Vital statistics of India. Vol. IV, Annual returns from 1871 to 1876. British Army of India, Native Army and jails of Bengal
Year: 1871
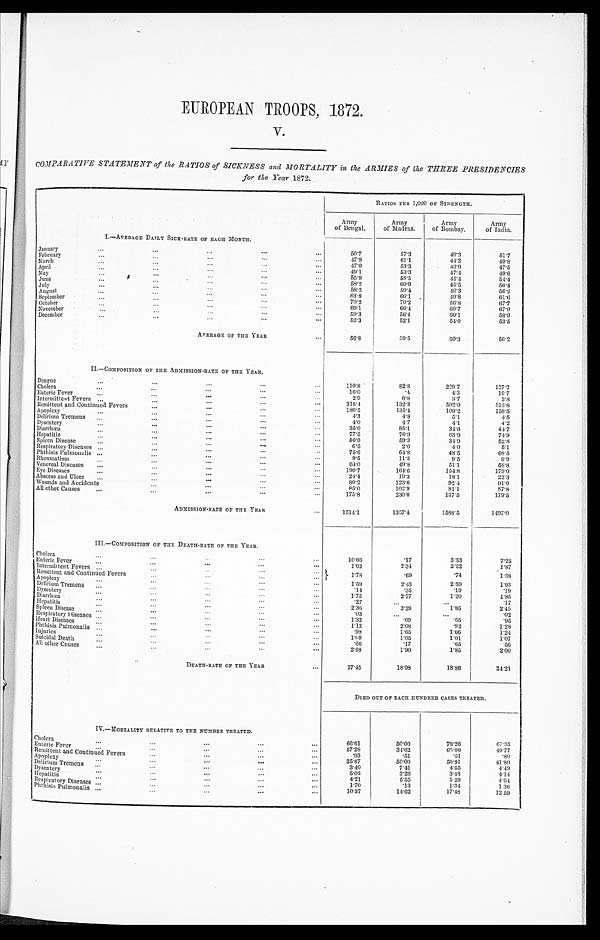
EUROPEAN TROOPS, 1872.
V.
COMPARATIVE STATEMENT of the RATIOS of SICKNESS and MORTALITY in the ARMIES of the THREE PRESIDENCIES
for the Year 1872.
I.—AVERAGE DAILY SICK-RATE OF EACH MONTH.
RATIOS PER 1,000 OF STRENGTH.
Army
of Bengal.
Army
of Madras.
Army
of Bombay.
Army
of India.
January
... ... ... ...
...
50.7
57.3
49.3
51.7
February
...
. . . . . . . . . . . .
47.9
61.1
44.2
49.8
March
...
...
. . . . . . . . .
47.0
53.3
43.0
47.5
April
...
...
. . . . . . . . .
49.1
53.3
47.4
49.6
May
...
...
...
...
...
55.9
58.5
45.4
54.4
June
...
... ... ... ...
58.2
60.9
45.5
56.4
July
... ... ... ...
...
58.2
59.4
46.3
56.2
August
...
. . . . . . . . . . . .
63.8
66.1
49.8
61.6
September ...
...
. . . . . . . . .
70.2
70.2
56.8
67.7
October
...
...
...
. . . . . .
69.1
66.4
60.7
67.0
November
...
...
. . . . . . . . .
59.3
56.4
60.1
58.9
December
...
...
...
...
...
52.3
52.1
54.0
53.5
AVERAGE OF THE YEAR
...
56.8
59.5
50.3
56.2
II.—COMPOSITION OF THE ADMISSION-RATE OF THE YEAR.
Dengue
...
...
...
. . . . . .
110.8
82.8
229.7
127.2
Cholera
...
...
. . . . . . . . .
16.0
.4
4.3
10.7
Enteric Fever
...
... ...
... ...
2.9
6.8
3.7
3.8
Intermittent Fevers ...
...
. . . . . . . . .
315.4
132.3
502.0
313.8
Remittent and Continued Fevers
...
...
. . . . . .
180.5
135.4
109.2
158.5
Apoplexy
...
...
. . . . . . . . .
4.3
4.8
5.1
4.5
Delirium Tremens ...
... ... ...
...
4.0
4.7
4.1
4.2
Dysentery
...
...
...
. . . . . .
35.0
85.1
34.6
44.7
Diarrhœa
...
...
. . . . . . . . .
77.5
76.9
63.9
74.9
Hepatitis
...
...
. . . . . . . . .
56.0
59.3
34.9
52.8
Spleen Disease
...
...
... ...
...
6.5
2.0
4.0
5.1
Respiratory Diseases ...
... ...
... ...
75.6
64.8
48.5
68.5
Phthisis Pulmonalis ...
...
. . . . . . . . .
9.5
11.3
9.5
9.9
Rheumatism
...
. . . . . . . . . . . .
64.0
49.8
51.1
58.8
Venereal Diseases ... ... ... ...
...
190.7
164.6
154.8
179.0
Eye Diseases
...
...
. . . . . . . . .
24.4
19.3
18.1
22.3
Abscess and Ulcer ... ... ... ...
...
80.2
123.6
92.4
91.0
Wounds and Accidents
. . . . . . . . . . . . . . .
85.0
102.9
81.1
87.8
All other Causes
...
...
...
... ...
175.8
230.6
137.5
179.5
ADMISSION-RATE OF THE YEAR
1514.1
1357.4
1588.5
1497.0
III.—COMPOSITION OF THE DEATH-RATE OF THE YEAR.
Cholera
...
... ...
... ...
10.66
.17
3.33
7.25
Enteric Fever
... ... ...
...
...
1.62
2.34
2.22
1.87
Intermittent Fevers ...
. . . . . . . . . . . .
1.78
.69
.74
1.38
Remittent and Continued Fevers ... ... ... ... ...
Apoplexy
...
...
...
... ...
1.59
2.43
2.59
1.93
Delirium Tremens
. . . . . . . . . . . . . . .
.14
.35
.19
.19
Dysentery
. . . . . . . . . . . . . . .
1.75
2.77
1.20
1.85
Diarrhœa ...
...
. . . . . . . . .
.27
...
...
.17
Hepatitis
...
. . . . . . . . . . . .
2.36
3.29
1.85
2.45
Spleen Disease
...
...
...
. . . . . .
.03
...
...
.02
Respiratory Diseases
...
...
...
...
. . .
1.32
.09
.65
.95
H e a r t D i s e a s e s . . . . . . . . . . . . . . .
1.12
2.08
.92
1.28
Phthisis Pulmonalis ... ... ...
... ...
.98
1.65
1.66
1.24
Injuries
...
. . . . . . . . . . . .
1.09
1.05
1.01
1.07
Suicidal Death
. . .
... . . . . . . . . .
.66
.17
.65
.56
All other Causes
...
...
...
...
...
2.08
1.90
1.85
2.00
DEATH-RATE OF THE YEAR
...
27.45
18.98
18.86
24.21
DIED OUT OF EACH HUNDRED CASES TREATED.
IV.—MORTALITY RELATIVE TO THE NUMBER TREATED.
Cholera
. . . . . . . . . . . . . . .
66.61
50.00
78.26
67.35
Enteric Fever
...
...
... ...
...
57.28
34.62
60.00
49.77
Remittent and Continued Fevers
. . . . . . . . . . . . . . .
.93
.51
.51 .80
Apoplexy
... ...
...
...
...
35.67
50.00
50.91
41.80
Delirium Tremens
...
...
...
... ...
3.40
7.41
4.55
4.49
Dysentery
...
...
...
...
...
5.02
3.26
3.48
4.14
Hepatitis ... ... ... ... ...
4.21
5.55
5.29
4.64
Respiratory Diseases ... ... ... ... ...
1.70
.13
1.34
1.36
Phthisis Pulmonalis
...
Phthisis Pulmonalis ...
...
...
...
...
10.37
14.62
17.48
12 59